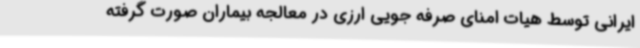
ایرانی توسط هیات امنای صرفه جویی ارزی در معالجه بیماران صورت گرفته